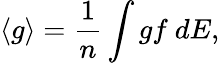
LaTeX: \langle g\rangle=\frac{1}{n}\int gf\ dE,